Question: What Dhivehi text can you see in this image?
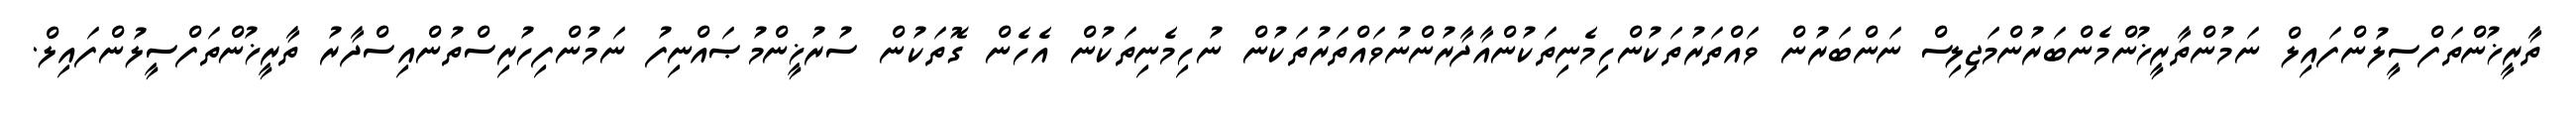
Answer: ތާރީޚުންތަފްސީލުންފައިލް ނަމުންތާރީޚުންމެންބަރުންމަޖިލިސް ނަންބަރުން ވައްތަރުތަކުންހިމެނިތަކުންއާދާރުންނުވައްތަރުތަކުން ނުހިމެނިތަކުން އެހެން ގޮތަކުން ސުރުޚީންމުޞައްނިފު ނަމުންފިހުރިސްތުންއިސްދާރު ތާރީޚުންތަފްސީލުންފައިލް.